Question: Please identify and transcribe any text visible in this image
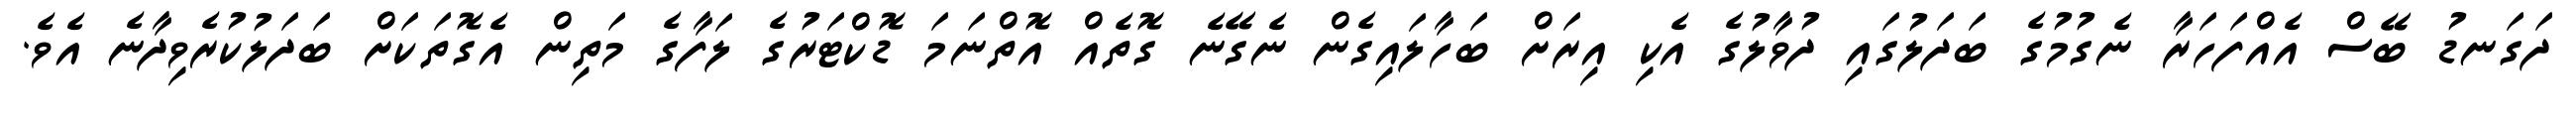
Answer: ދަގަނޑު ބޭސް އެއްފަހަރާ ނެގުމުގެ ބަދަލުގައި ދުވާލުގެ އެކި އިރަށް ބަހާލައިގެން ނެގޭނެ ގޮތެއް އޮތްނަމަ ޑޮކްޓަރުގެ ލަފާގެ މަތިން އެގޮތަކަށް ބަދަލުކުރެވިދާނެ އެވެ.